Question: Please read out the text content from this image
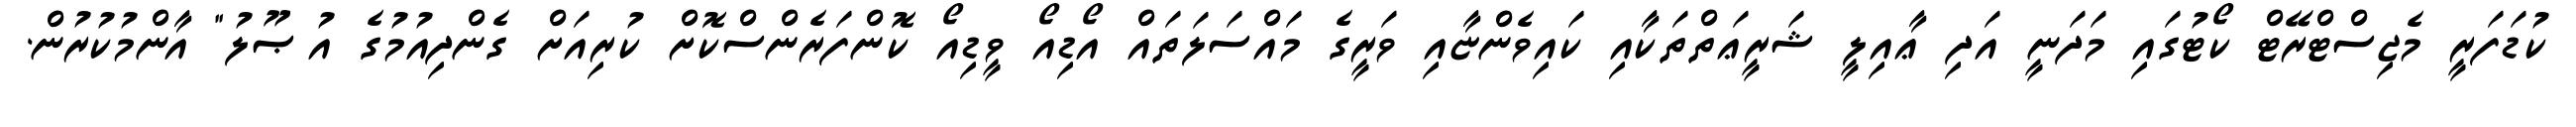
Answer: ކުޑަފަރީ މެޖިސްޓްރޭޓް ކޯޓުގައި މަދަނީ އަދި ޢާއިލީ ޝަރީޢަތްތަކާއި ކައިވެންޏާއި ވަރީގެ މައްސަލަތައް އޯޑިއޯ ވީޑިއޯ ކޮންފަރެންސްކޮށް ކުރިއަށް ގެންދިއުމުގެ އުޞޫލު" އާންމުކުރުން.